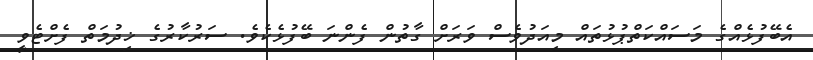
އެބޭފުޅެއްގެ މަސައްކަތްޕުޅުތައް މިއަދުވެސް ވަރަށް ގާތުން ފެންނަ ބޭފުޅެކެވެ. ސަރުކާރުގެ ޚިދުމަތް ފެށްޓެވީ